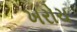
ખરોચ